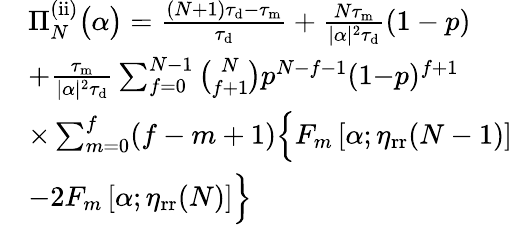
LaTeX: \begin{array}{rl}&{\Pi_{N}^{\mathrm{(ii)}}\big(\alpha\big)=\frac{(N+1)\tau_{\mathrm{d}}-\tau_{\mathrm{m}}}{\tau_{\mathrm{d}}}+\frac{N\tau_{\mathrm{m}}}{|\alpha|^{2}\tau_{\mathrm{d}}}\left(1-p\right)}\\ &{+\frac{\tau_{\mathrm{m}}}{|\alpha|^{2}\tau_{\mathrm{d}}}\sum_{f=0}^{N-1}\binom{N}{f+1}p^{N-f-1}(1{-}p)^{f+1}}\\ &{\times\sum_{m=0}^{f}(f-m+1)\Big\{ F_{m}\left[\alpha;\eta_{\mathrm{rr}}(N-1)\right]}\\ &{{-}2F_{m}\left[\alpha;\eta_{\mathrm{rr}}(N)\right]\Big\} }\end{array}